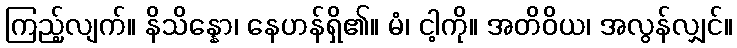
ကြည့်လျက်။ နိသိန္နော၊ နေဟန်ရှိ၏။ မံ၊ ငါ့ကို။ အတိဝိယ၊ အလွန်လျှင်။